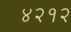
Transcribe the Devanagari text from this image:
४२१२